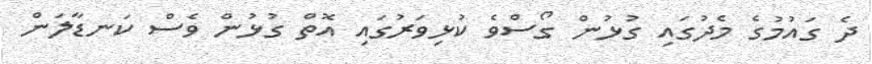
ދެ ގައުމުގެ މެދުގައި ގުޅުން ގޯސްވެ ކުޅިވަރުގައި އޮތް ގުޅުން ވެސް ކަނޑާލަން